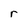
Character: r